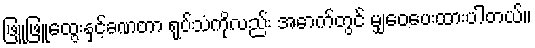
ဖြူဖြူထွေးနှင့်ခဏတာ ရုပ်သံကိုလည်း အောက်တွင် မျှဝေပေးထားပါတယ်။